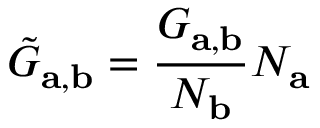
\tilde { G } _ { \mathbf { a } , \mathbf { b } } = \frac { G _ { \mathbf { a } , \mathbf { b } } } { N _ { \mathbf { b } } } N _ { \mathbf { a } }